Rouma_(Piirsalu)_vallavalitsus, lk 5
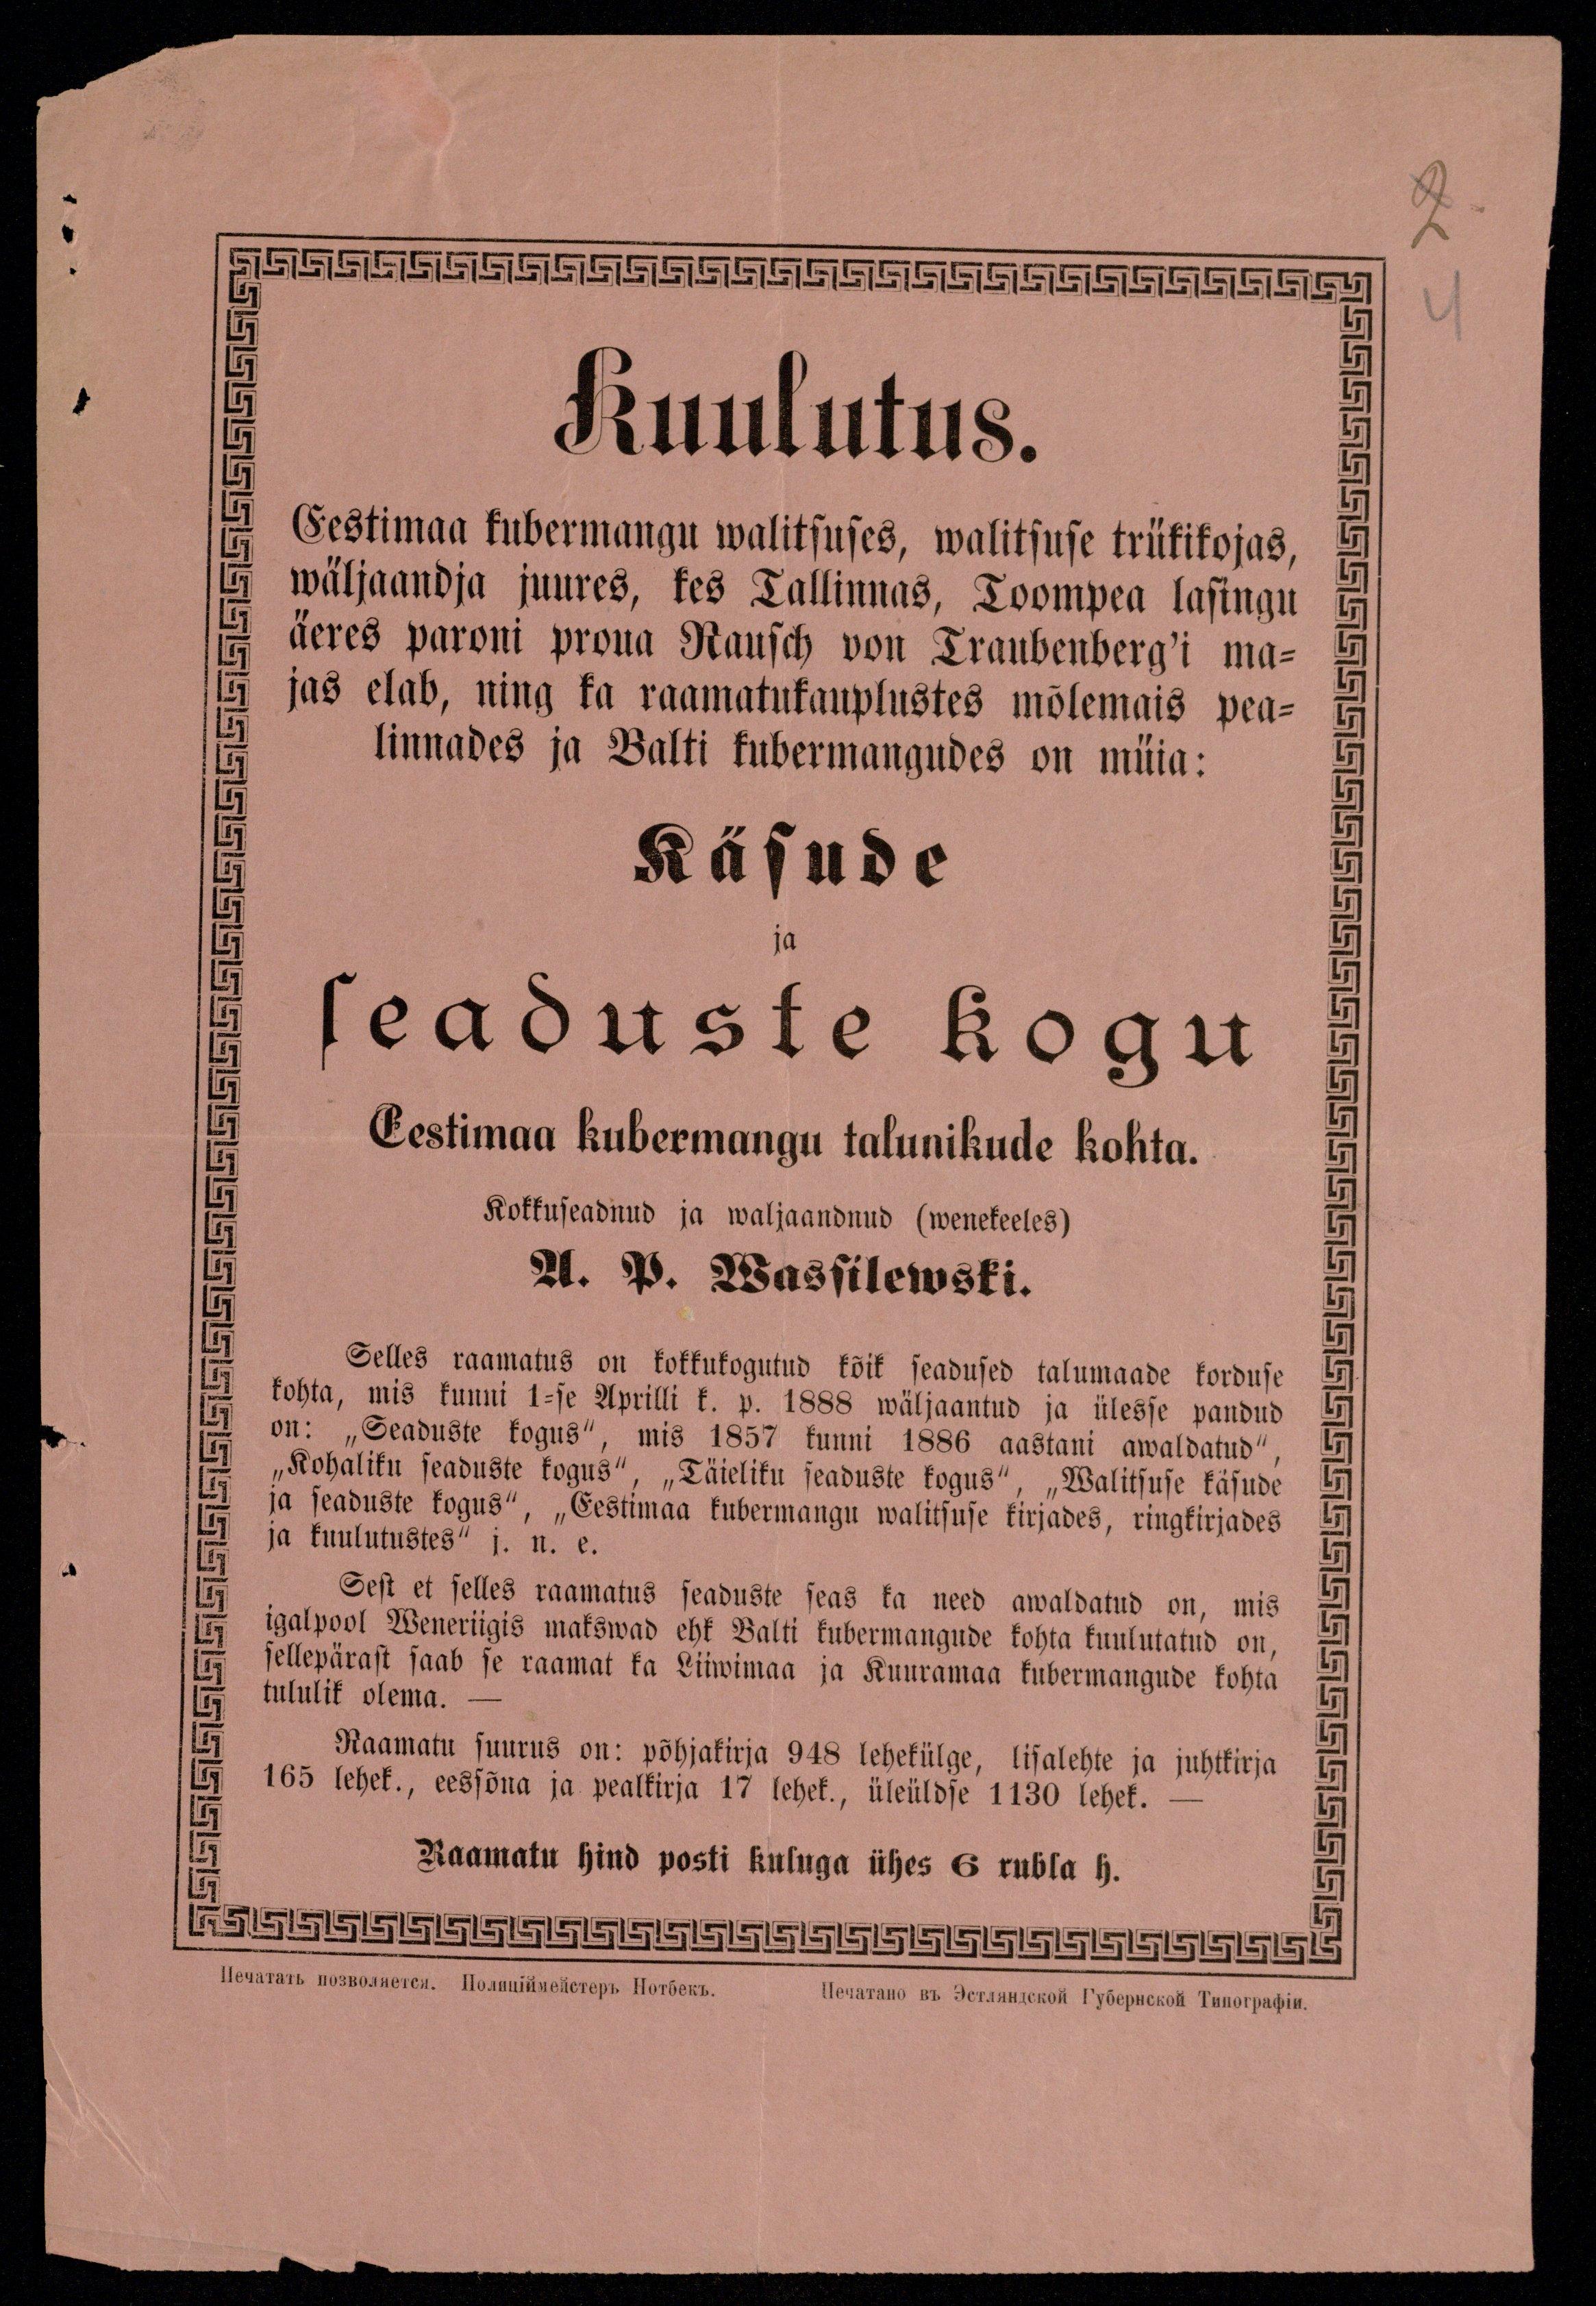
2
4

Kuulutus.
Eestimaa kubermangu walitsuses, walitsuse trükikojas,
wäljaandja juures, kes Tallinnas, Toompea lasingu
äeres paroni proua Rausch von Traubenberg'i ma-
jas elab, ning ka raamatukauplustes mõlemais pea-
linnades ja Balti kubermangudes on müia:
Käsude
ja
seaduste kogu
Eestimaa kubermangu talunikude kohta.
Kokkuseadnud ja wäljaandnud (wenekeeles).
A. P. Wassilewski.
Selles raamatus on kokkukogutud kõik seadused talumaade korduse
kohta, mis kunni 1-se Aprilli k. p. 1888 wäljaantud ja ülesse pandud
on: "Seaduste kogus", mis 1857 kunni 1886 aastani awaldatud",
"Kohaliku seaduste kogus", „Täieliku seaduste kogud", "Walitsuse käsude
ja seaduste kogus", „Eestimaa kubermangu walitsuse kirjades, ringkirjates
ja kuulutustes" j.n.e.
Sest et selles raamatus seaduste seas ka need awaldatud on, mis
igalpool Weneriigis makswad ehk Balti kubermangude kohta kuulutatud on,
sellepärast saab se raamat ka Liiwimaa ja Kuuramaa kubermangude kohta
tululik olema.
Raamatu suurus on: põhjakirja 948 lehekülge, lisalehte ja juhtkirja
165 lehek., eessõna ja pealkirja 17 lehek., üleüldse 1130 lehek.
Raamatu hind posti kuluga ühes 6 rubla h.